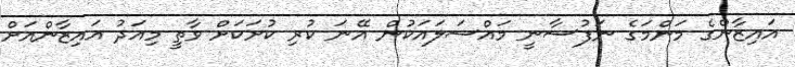
އައިޒާންގެ މަންމަގެ ނަފުސާނީ މައްސަލައަކުން އޭނަ ކުރި ކުށަކަށް ވާތީ މިއަދު އައިޒާންއަށް